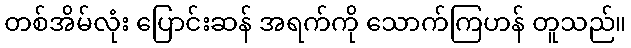
တစ်အိမ်လုံး ပြောင်းဆန် အရက်ကို သောက်ကြဟန် တူသည်။